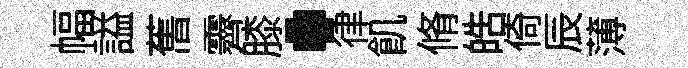
幅謚𦾔霽膝·律飢脩皓倚辰薄